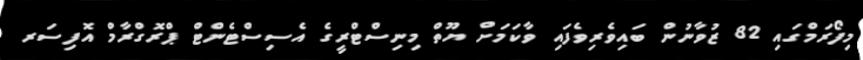
މިފޯރަމްގައި 82 ޒުވާނުން ބައިވެރިވެފައި ވާކަމަށް ޔޫތް މިނިސްޓްރީގެ އެސިސްޓެންޓް ޕްރޮގްރާމް އޮފިސަރ